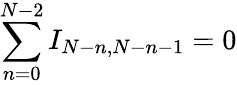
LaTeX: \sum_{n=0}^{N-2}I_{N-n,N-n-1}=0